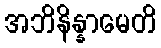
အဘိနိန္နာမေတိ